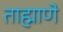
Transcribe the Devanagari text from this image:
ताह्माणे